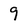
Character: 9